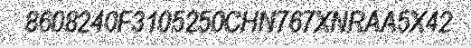
8608240F3105250CHN767XNRAA5X42